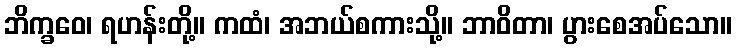
ဘိက္ခဝေ၊ ရဟန်းတို့။ ကထံ၊ အဘယ်စကားသို့။ ဘာဝိတာ၊ ပွားစေအပ်သော။